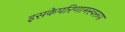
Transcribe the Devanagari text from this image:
इसकेपरिणामस्वरूप